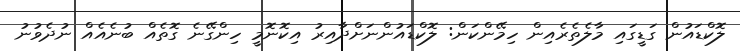
ލޮކްޑައުން ގަޑީގައި މާލެތެރެއިން ހިމޭންކަން: ލޮކްޑައުންނަށްދާއިރު އިކޮނޮމީ ހިންގޭނެ ގޮތެއް ބުނެއެއް ނުދެވުނު